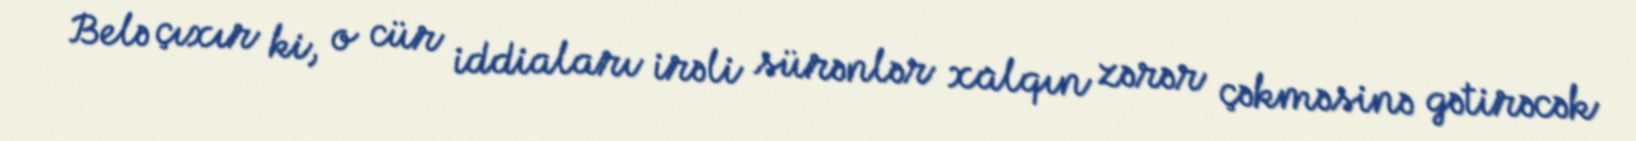
Belə çıxır ki, o cür iddiaları irəli sürənlər xalqın zərər çəkməsinə gətirəcək